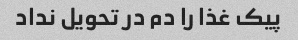
پیک غذا را دم در تحویل نداد